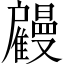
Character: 𢩤